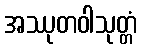
အဿုတဝါသုတ္တံ